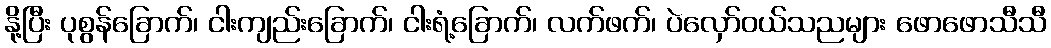
နို့ပြီး ပုစွန်ခြောက်၊ ငါးကျည်းခြောက်၊ ငါးရံ့ခြောက်၊ လက်ဖက်၊ ပဲလှော်ဝယ်သညများ ဖောဖောသီသီ